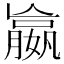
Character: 𡢔